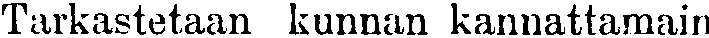
Tarkastetaan kunnan kannattamain